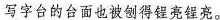
写字台的台面也被倒得锃亮锃亮。